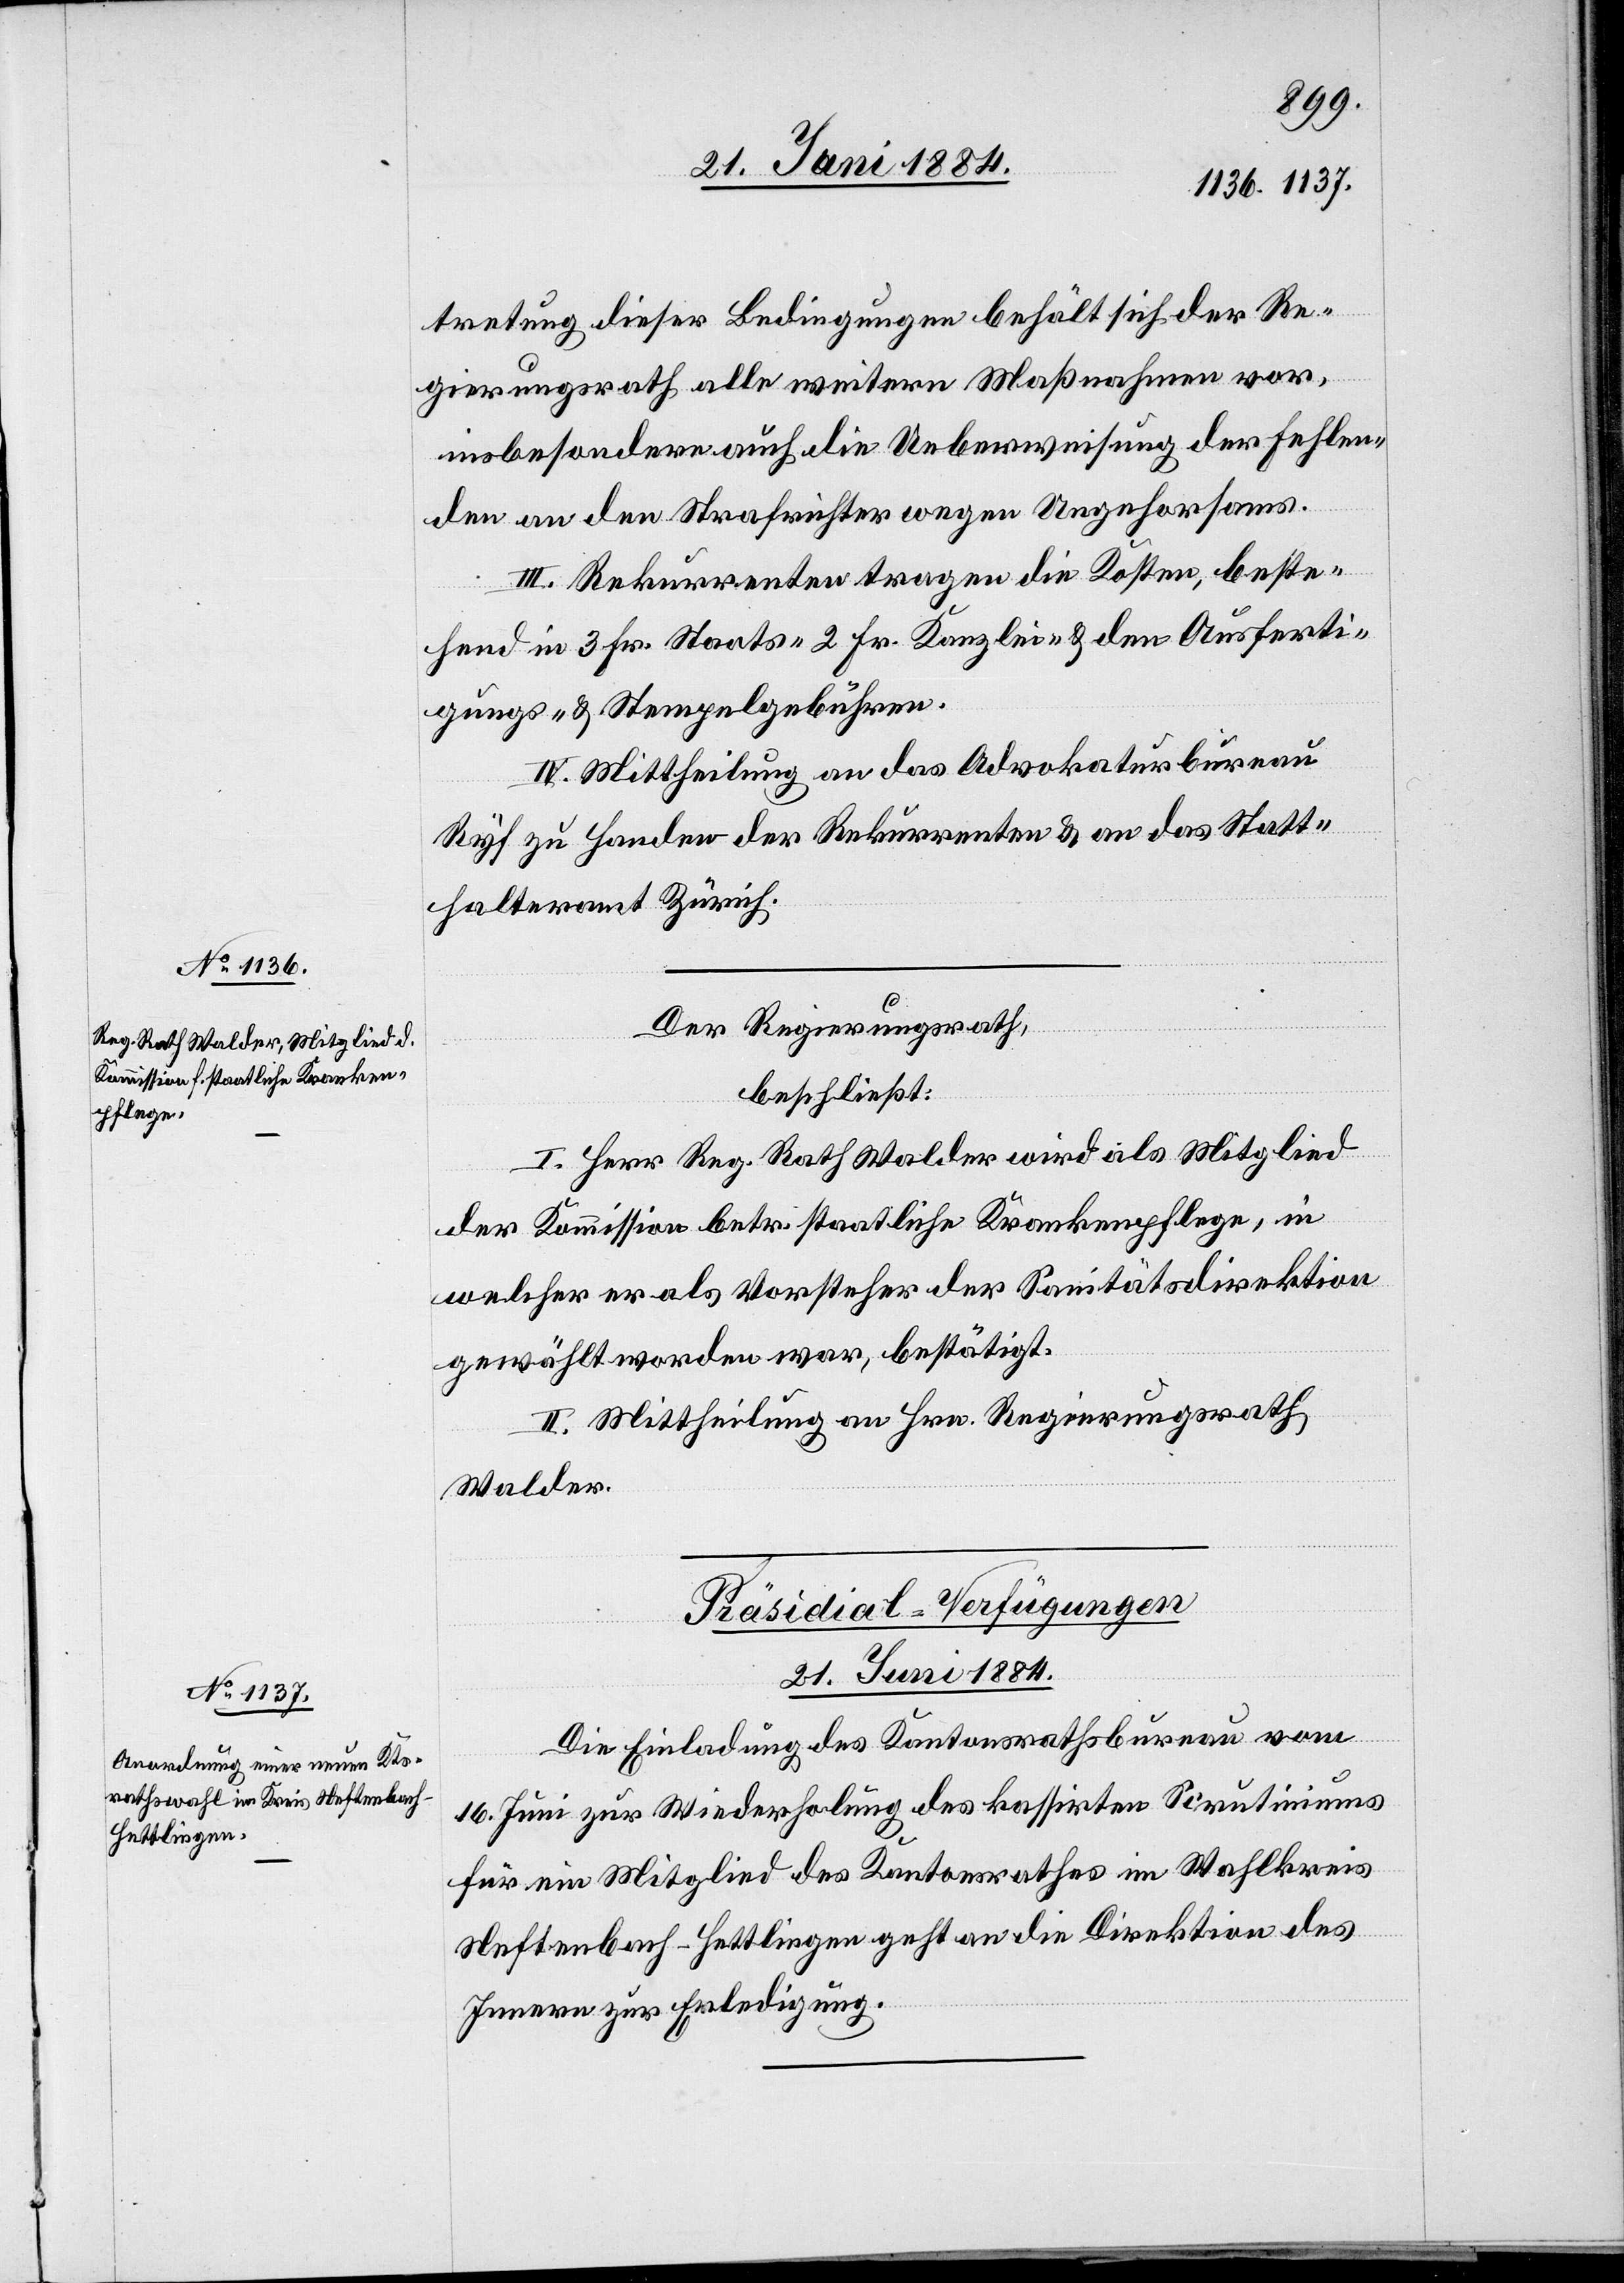
tretung dieser Bedingungen behält sich der Re¬
gierungsrath alle weitern Maßnahmen vor,
insbesondere auch die Ueberweisung der Fehlen¬
den an den Strafrichter wegen Ungehorsams.
III. Rekurrenten tragen die Kosten, beste¬
hend in 3 Fr. Staats-[,] 2 Fr. Kanzlei & den Ausferti¬
gungs- & Stempelgebühren.
IV. Mittheilung an das Advokaturbureau
Ryf zu Handen der Rekurrenten & an das Statt¬
halteramt Zürich.
Der Regierungsrath,
beschließt:
I. Herr Reg. Rath Walder wird als Mitglied
der Kommission betr. staatliche Krankenpflege, in
welcher er als Vorsteher der Sanitätsdirektion
gewählt worden war, bestätigt.
II. Mittheilung an Hrn. Regierungsrath
Walder.
Präsidial-Verfügungen
21. Juni 1884.
Die Einladung des Kantonsrathsbureau vom
16. Juni zur Wiederholung des kassirten Scrutiniums
für ein Mitglied des Kantonsrathes im Wahlkreis
Neftenbach-Hettlingen geht an die Direktion des
Innern zur Erledigung.